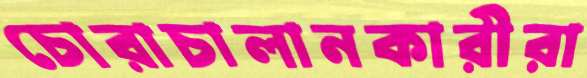
চোরাচালানকারীরা